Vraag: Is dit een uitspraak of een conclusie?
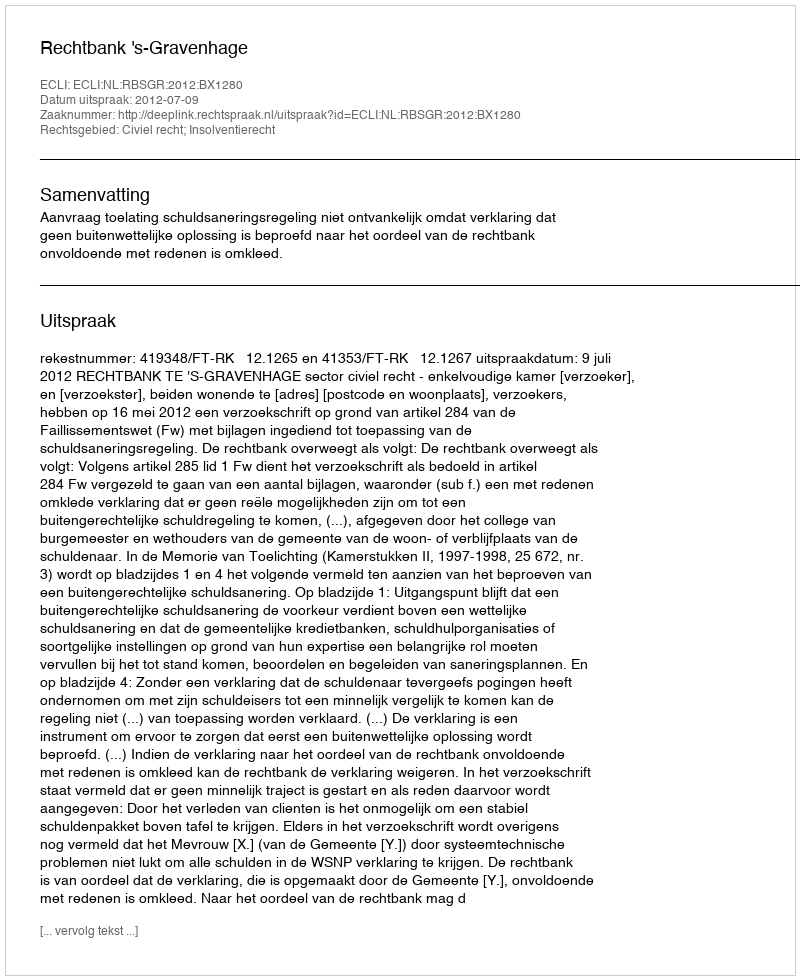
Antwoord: Uitspraak